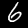
Digit: 6